Sanitation, dispensaries and jails vaccination Rajputana 1922-1927 - 1922-1927
Year: 1922
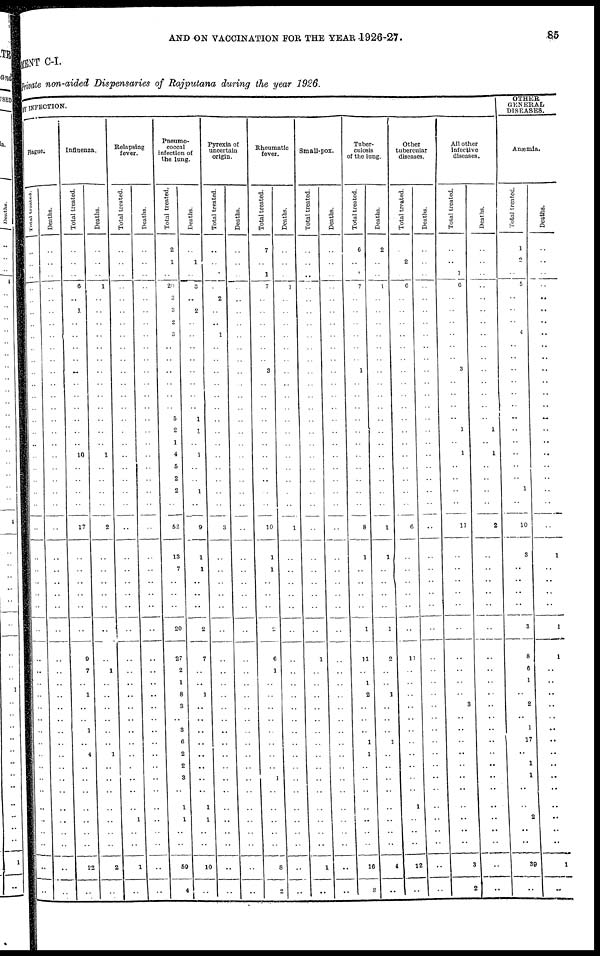
AND ON VACCINATION FOR THE YEAR 1926-27.
85
MENT C-I.
Private non-aided Dispensaries of Rajputana during the year 1926.
BY INFECTION.
plague.
Total
treated.
..
..
..
..
..
..
..
..
..
..
..
..
..
..
..
..
..
..
..
..
..
..
..
..
..
..
..
..
.. ..
.. ..
..
..
..
..
..
..
..
..
..
..
..
..
..
..
..
..
..
Deaths.
..
..
..
..
..
..
..
..
..
..
..
..
..
..
..
..
..
..
..
..
..
..
..
..
..
..
..
..
.. ..
.. ..
..
..
..
..
..
..
..
..
..
..
..
..
..
..
..
..
..
Influenza.
Total treated.
..
..
..
6
..
1
..
..
..
..
..
..
..
..
..
..
..
10
..
..
..
..
17
..
..
..
..
..
.. ..
..
9
7
..
1
..
..
1
..
4
..
..
..
..
..
..
..
22
..
Deaths.
..
..
..
1
..
..
..
..
..
..
..
..
..
..
..
..
..
1
..
..
..
..
2
..
..
..
..
..
.. ..
.. ..
1
..
..
..
..
..
..
1
..
..
..
..
..
..
..
2
..
Relapsing
fever.
Total treated.
..
..
..
..
..
..
..
..
..
..
..
..
..
..
..
..
..
..
..
..
..
..
..
..
..
..
..
..
..
..
.. ..
..
..
..
..
..
..
..
..
..
..
..
..
1
..
..
1
..
Deaths.
..
..
..
..
..
..
..
..
..
..
..
..
..
..
..
..
..
..
..
..
..
..
..
..
..
..
..
..
.. ..
.. ..
..
..
..
..
..
..
..
..
..
..
..
..
..
..
..
..
..
Pneumo-
coccal
infection of
the lung.
Total treated.
2
1
..
20
3
3
2
3
..
..
..
..
..
..
5
2
1
4
5
2
2
..
52
13
7
..
..
..
..
20
..
27
2
1
8
3
..
3
6
2
2
3
..
1
1
..
..
59
4
Deaths.
..
1
..
3
..
2
..
..
..
..
..
..
..
..
1
1
..
1
..
..
1
..
9
1
1
..
..
..
..
2
..
7
..
..
1
..
..
..
..
..
..
..
..
1
1
..
..
10
..
Pyrexia of
uncertain
origin.
Total treated.
..
..
..
..
2
..
..
1
..
..
..
..
..
..
..
..
..
..
..
..
..
..
3
..
..
..
..
..
.. ..
.. ..
..
..
..
..
..
..
..
..
..
..
..
..
..
..
..
..
..
Deaths.
..
..
..
..
..
..
..
..
..
..
..
..
..
..
..
..
..
..
..
..
..
..
..
..
..
..
..
..
.. ..
.. ..
..
..
..
..
..
..
..
..
..
..
..
..
..
..
..
..
..
Rheumatic
fever.
Total treated.
7
..
1
7
..
..
..
..
..
..
3
..
..
..
..
..
..
..
..
..
..
..
10
1
1
..
..
..
..
..
..
6
1
..
..
..
..
..
..
..
..
1
..
..
..
..
..
8
2
Deaths.
..
..
..
1
..
..
..
..
..
..
..
..
..
..
..
..
..
..
..
..
..
..
1
..
..
..
..
..
.. ..
.. ..
..
..
..
..
..
..
..
..
..
..
..
..
..
..
..
..
..
Small-pox.
Total treated.
..
..
..
..
..
..
..
..
..
..
..
..
..
..
..
..
..
..
..
..
..
..
..
..
..
..
..
..
.. ..
..
1
..
..
..
..
..
..
..
..
..
..
..
..
..
..
..
1
..
Deaths.
..
..
..
..
..
..
..
..
..
..
..
..
..
..
..
..
..
..
..
..
..
..
..
..
..
..
..
..
.. ..
.. ..
..
..
..
..
..
..
..
..
..
..
..
..
..
..
..
..
..
Tuber-
culosis
of the lung.
Total treated.
6
..
1
7
..
..
..
..
..
..
1
..
..
..
..
..
..
..
..
..
..
..
8
1
..
..
..
..
..
1
..
11
..
1
2
..
..
..
1
1
..
..
..
..
..
..
..
16
3
Deaths.
2
..
..
1
..
..
..
..
..
..
..
..
..
..
..
..
..
..
..
..
..
..
1
1
..
..
..
..
..
1
..
2
..
..
1
..
..
..
1
..
..
..
..
..
..
..
..
4
..
Other
tubercular
diseases.
Total treated.
..
2
..
6
..
..
..
..
..
..
..
..
..
..
..
..
..
..
..
..
..
..
6
..
..
..
..
..
.. ..
..
11
..
..
..
..
..
..
..
..
..
..
..
1
..
..
..
12
..
Deaths.
..
..
..
..
..
..
..
..
..
..
..
..
..
..
..
..
..
..
..
..
..
..
..
..
..
..
..
..
.. ..
.. ..
..
..
..
..
..
..
..
..
..
..
..
..
..
..
..
..
..
All other
infective
diseases.
Total treated.
..
..
1
6
..
..
..
..
..
..
3
..
..
..
..
1
..
1
..
..
..
..
11
..
..
..
..
..
.. ..
.. ..
..
..
..
3
..
..
..
..
..
..
..
..
..
..
..
3
2
Deaths.
..
..
..
..
..
..
..
..
..
..
..
..
..
..
..
1
..
1
..
..
..
..
2
..
..
..
..
..
.. ..
.. ..
..
..
..
..
..
..
..
..
..
..
..
..
..
..
..
..
OTHER
GENERAL
DISEASES.
Anæmla.
Total treated.
1
2
..
5
..
..
..
4
..
..
..
..
..
..
..
..
..
..
..
..
1
..
10
3
..
..
..
..
..
3
..
8
6
1
..
2
..
1
17
..
1
1
..
..
2
..
..
39
..
Deaths.
..
..
..
..
..
..
..
..
..
..
..
..
..
..
..
..
..
..
..
..
..
..
..
1
..
..
..
..
..
1
..
1
..
..
..
..
..
..
..
..
..
..
..
..
..
..
..
1
..